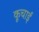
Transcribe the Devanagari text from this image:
कूचाई